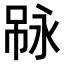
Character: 𠶇